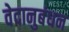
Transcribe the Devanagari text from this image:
वेदानुबंधन